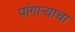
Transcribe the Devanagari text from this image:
पांगाऱ्याचा